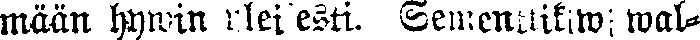
mään hywin yleisesti. Sementtikiwiwal-